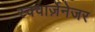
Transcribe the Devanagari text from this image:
स्क्वार्ज़ेनेजर